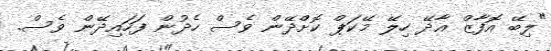
"ލިބޭ އޮފާޒް އާދޭ ހިލޭ މޭކަޕް ކޮށްދޭން ވެސް ހެދުން ފަހައިދޭން ވެސް.